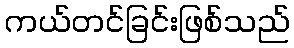
ကယ်တင်ခြင်းဖြစ်သည်